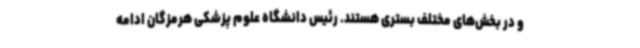
و در بخش‌های مختلف بستری هستند. رئیس دانشگاه علوم پزشکی هرمزگان ادامه